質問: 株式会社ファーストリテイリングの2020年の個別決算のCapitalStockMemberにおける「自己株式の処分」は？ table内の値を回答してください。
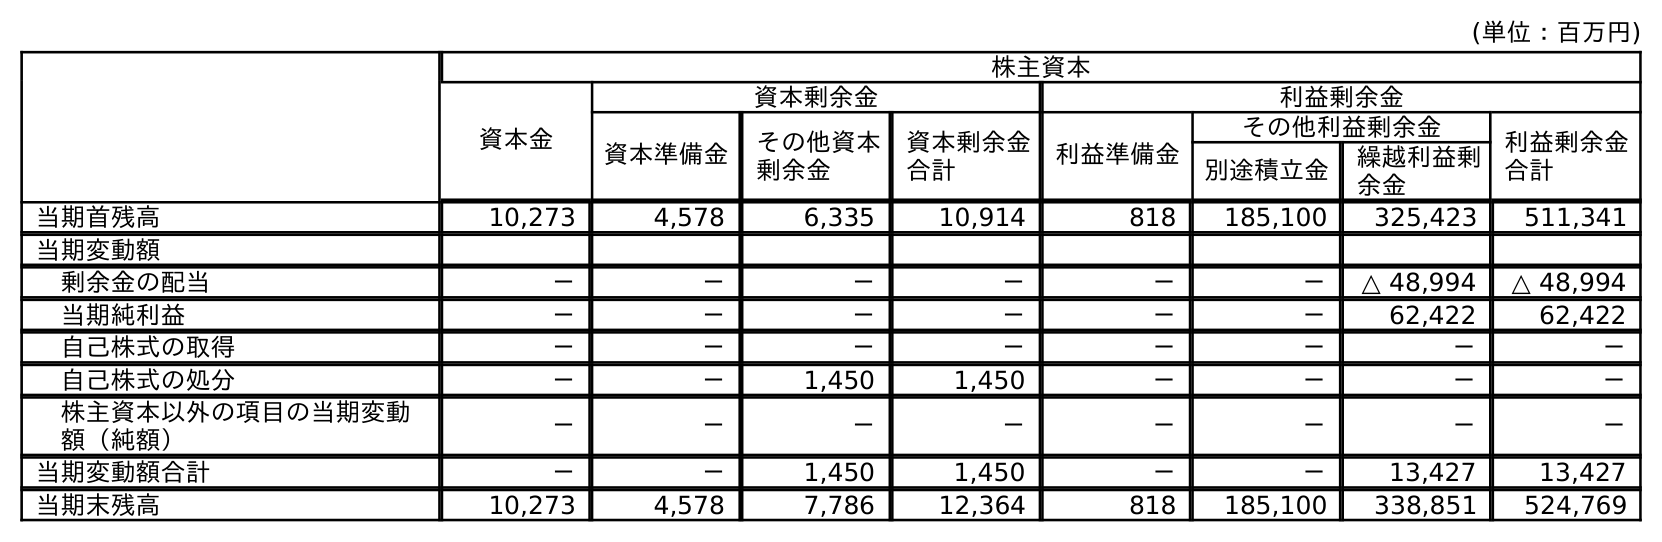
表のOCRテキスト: (単位：百万円) 株主資本 資本金 資本剰余金 利益剰余金 資本準備金 その他資本 剰余金 資本剰余金 合計 利益準備金 その他利益剰余金 利益剰余金 合計 別途積立金 繰越利益剰 余金 当期首残高 10,273 4,578 6,335 10,914 818 185,100 325,423 511,341 当期変動額 剰余金の配当 － － － － － － △ 48,994 △ 48,994 当期純利益 － － － － － － 62,422 62,422 自己株式の取得 － － － － － － － － 自己株式の処分 － － 1,450 1,450 － － － － 株主資本以外の項目の当期変動 額（純額） － － － － － － － － 当期変動額合計 － － 1,450 1,450 － － 13,427 13,427 当期末残高 10,273 4,578 7,786 12,364 818 185,100 338,851 524,769
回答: －